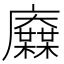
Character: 𢌋